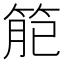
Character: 𥮄